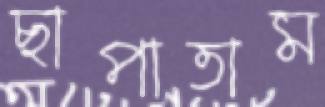
ছাপাতাম